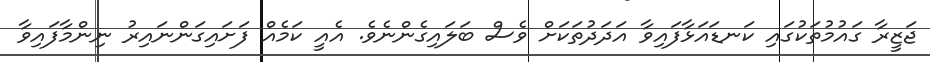
ޖަޒީރާ ގައުމުތަކުގައި ކަނޑައަޅާފައިވާ އަދަދުތަކަށް ވެސް ބަލައިގެންނެވެ. އެއީ ކަމެއް ފަށައިގަންނައިރު ނިންމާފައިވާ